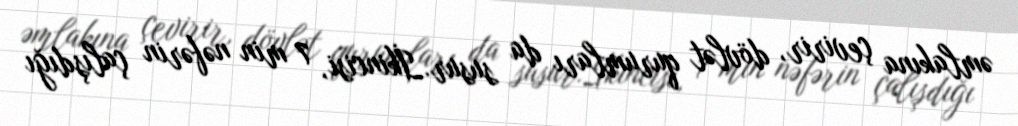
əmlakına çevirir, dövlət qurumları da susur.İkincisi, 7 min nəfərin çalışdığı